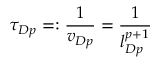
\tau _ { D p } = : \frac { 1 } { v _ { D p } } = \frac { 1 } { l _ { D p } ^ { p + 1 } }